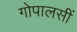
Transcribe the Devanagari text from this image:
गोपालसीं